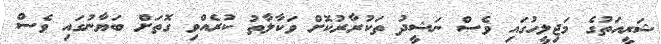
ޝަރީއަތުގެ މަޖިލީހުގައި ވެސް ނަޝީދު ތަކުރާރުކޮށް ވަކާލާތު ކުރެއްވި ގޮތަށް ބަޔާނުގައި ވެސް